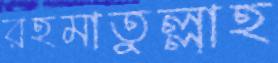
রহমাতুল্লাহ